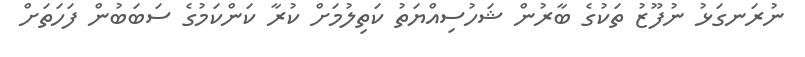
ނުރަނގަޅު ނުފޫޒު ތަކުގެ ބާރުން ޝަހުސިއްޔަތު ކަތިލުމަށް ކުރާ ކަންކަމުގެ ސަބަބުން ފަހަތަށް